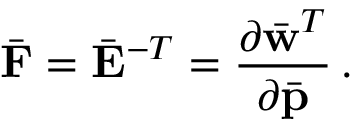
\bar { \bf F } = \bar { \bf E } ^ { - T } = \frac { \partial \bar { \bf w } ^ { T } } { \partial \bar { \bf p } } \, .